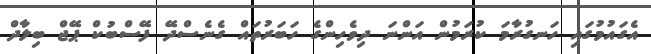
އެގައުމުގައި ހަނގުރާމަ ކުރަމުން އަންނަ ދިވެހިންގެ ހަބަރުތައް ގެނެސްދޭ ފޭސްބުކް ޕޭޖް ބިލާދް